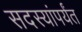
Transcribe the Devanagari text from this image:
सदस्यांपर्यंत